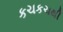
કચકચથી